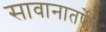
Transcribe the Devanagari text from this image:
सावानातर्फे